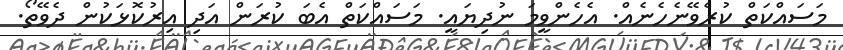
މަސައްކަތް ކުރެވޭނެހެނެއް. އެހެންވީމަ ނުދިޔައީ. މަސައްކަތް އެބަ ކުރަން އަދި އިރުކޮޅަކުން ދެވޭތޯ.